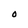
Character: O